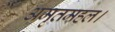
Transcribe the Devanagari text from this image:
अमृतमहल।